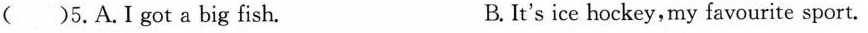
( )5.A.Igot a big fish. B.It's ice hockey,my favourite sport.